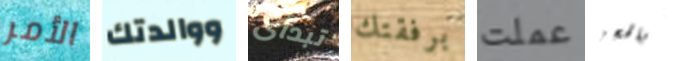
الأمر ووالدتك تبدأى برفقتك عملت بالحجز